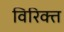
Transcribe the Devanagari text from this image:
विरिक्त